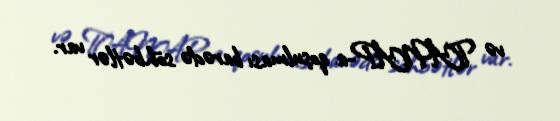
və TANAP-a qoşulması barədə söhbətlər var.